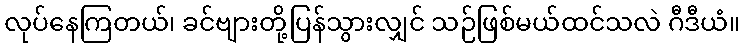
လုပ်နေကြတယ်၊ ခင်ဗျားတို့ပြန်သွားလျှင် သဉ်ဖြစ်မယ်ထင်သလဲ ဂီဒီယံ။